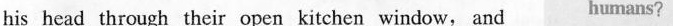
his head through their open kitchen window, and humans?